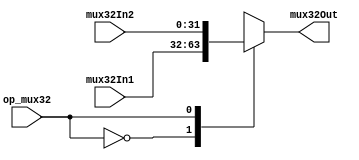
// Mdulo que implementa um Multiplexador com entradas de 32 bits de tamanho;

module mux32 (mux32In1, mux32In2, op_mux32, mux32Out);

    // Entradas do multiplexador de 32 bits;
	input [31:0] mux32In1, mux32In2;

    // Operao a ser executada no multiplexador;
	input op_mux32;

    // Sada do multiplexador;
	output reg [31:0] mux32Out;

    // Escolhe a sada do multiplexador toda vez que um dos sinais estiverem altos;
	always@ (*) begin
		case (op_mux32)
		      1'b0:
                mux32Out = mux32In1;
              1'b1:
                mux32Out = mux32In2;
		endcase
	end

endmodule